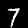
Label: 7